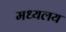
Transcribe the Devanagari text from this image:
मध्‍यलय